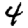
Digit: 4